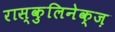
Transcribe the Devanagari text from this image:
रास्कुलिनेक्ज़